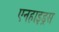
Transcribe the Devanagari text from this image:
एनहाइड्रस